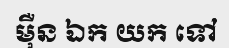
ម៉ឺន ឯក យក ទៅ